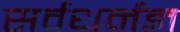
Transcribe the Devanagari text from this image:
सर्वधर्मज्ञ